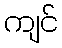
ကျင်